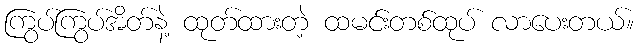
ကြွပ်ကြွပ်အိတ်နဲ့ ထုတ်ထားတဲ့ ထမင်းတစ်ထုပ် လာပေးတယ်။